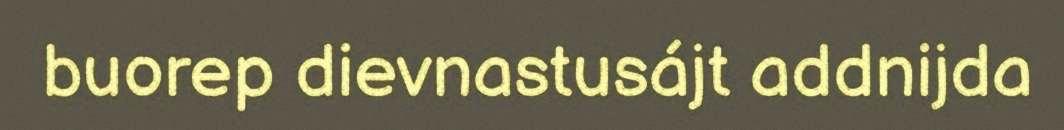
buorep dievnastusájt addnijda